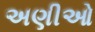
અણીઓ